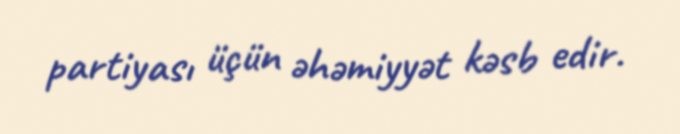
partiyası üçün əhəmiyyət kəsb edir.